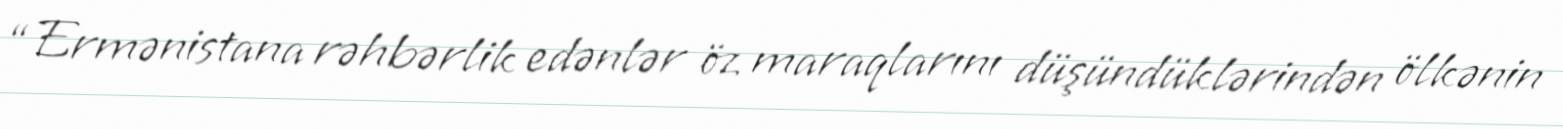
“Ermənistana rəhbərlik edənlər öz maraqlarını düşündüklərindən ölkənin